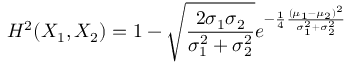
H ^ { 2 } ( X _ { 1 } , X _ { 2 } ) = 1 - { \sqrt { \frac { 2 \sigma _ { 1 } \sigma _ { 2 } } { \sigma _ { 1 } ^ { 2 } + \sigma _ { 2 } ^ { 2 } } } } e ^ { - { \frac { 1 } { 4 } } { \frac { ( \mu _ { 1 } - \mu _ { 2 } ) ^ { 2 } } { \sigma _ { 1 } ^ { 2 } + \sigma _ { 2 } ^ { 2 } } } }